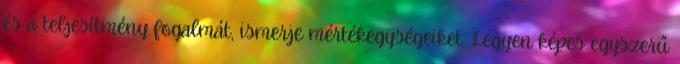
és a teljesítmény fogalmát, ismerje mértékegységeiket. Legyen képes egyszerű